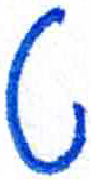
אות: ט